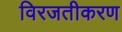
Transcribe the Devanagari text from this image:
विरजतीकरण